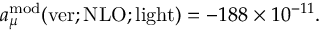
a _ { \mu } ^ { \mathrm { m o d } } ( \mathrm { v e r ; N L O ; l i g h t } ) = - 1 8 8 \times 1 0 ^ { - 1 1 } .